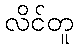
လိင်တူ